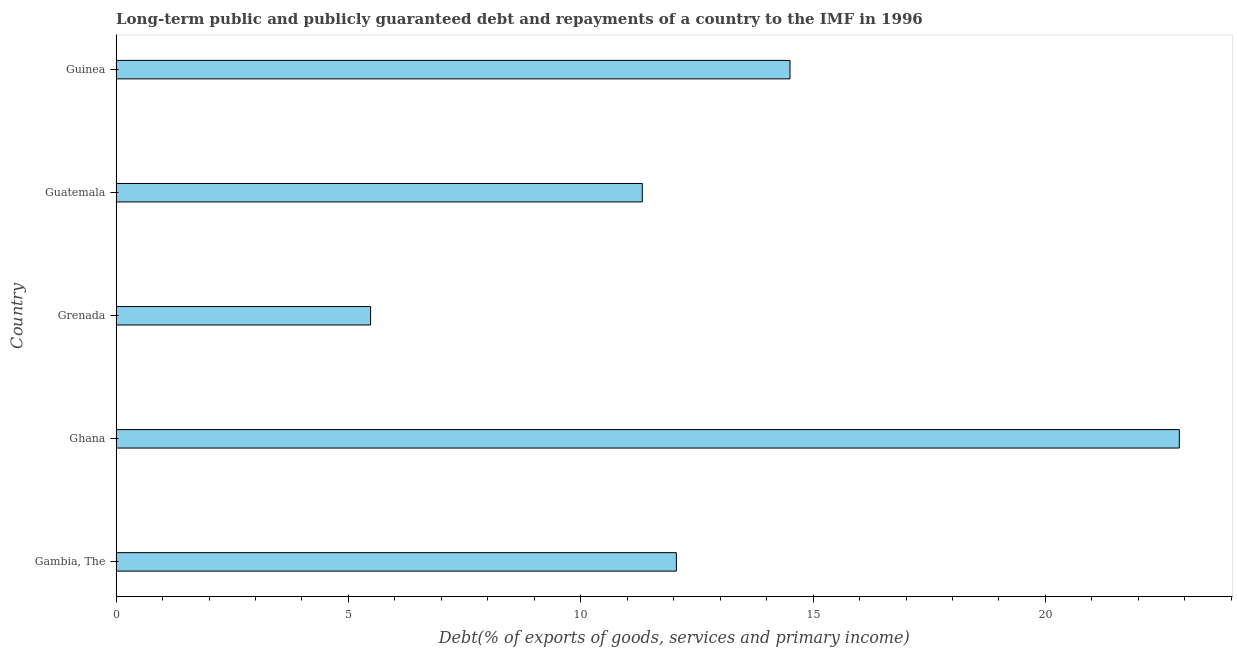
| Country | Debt service (PPG and IMF only) |
 | --- | --- |
 | Gambia, The | 12.1 |
 | Ghana | 22.9 |
 | Grenada | 5.48 |
 | Guatemala | 11.3 |
 | Guinea | 14.5 |